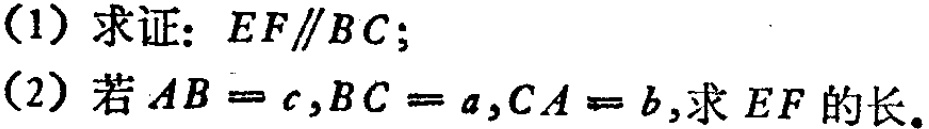
(1) 求证：\(EF\parallel BC\)；
(2) 若\(AB = c,BC = a,CA = b\)，求 \(EF\) 的长。